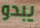
يبدو